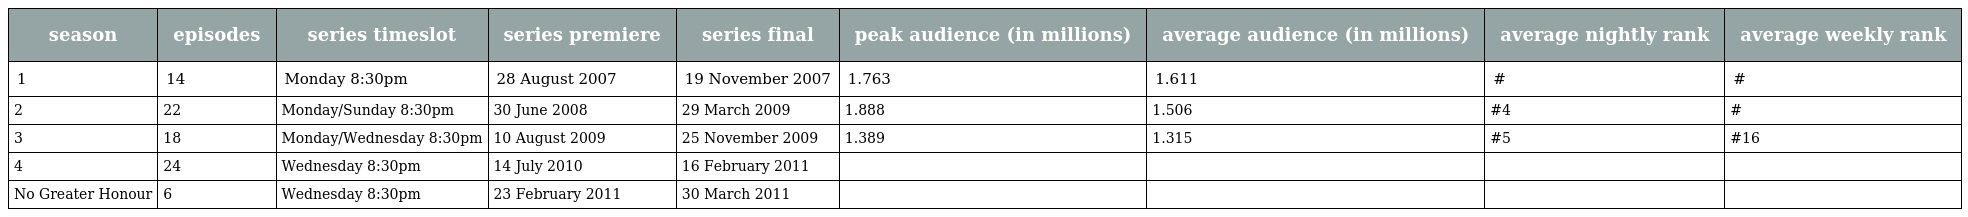
| season | episodes | series timeslot | series premiere | series final | peak audience (in millions) | average audience (in millions) | average nightly rank | average weekly rank |
 | --- | --- | --- | --- | --- | --- | --- | --- | --- |
 | 1 | 14 | Monday 8:30pm | 28 August 2007 | 19 November 2007 | 1.763 | 1.611 | # | # |
 | 2 | 22 | Monday/Sunday 8:30pm | 30 June 2008 | 29 March 2009 | 1.888 | 1.506 | #4 | # |
 | 3 | 18 | Monday/Wednesday 8:30pm | 10 August 2009 | 25 November 2009 | 1.389 | 1.315 | #5 | #16 |
 | 4 | 24 | Wednesday 8:30pm | 14 July 2010 | 16 February 2011 |  |  |  |  |
 | No Greater Honour | 6 | Wednesday 8:30pm | 23 February 2011 | 30 March 2011 |  |  |  |  |